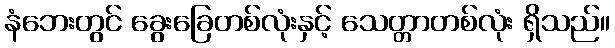
နံဘေးတွင် ခွေးခြေတစ်လုံးနှင့် သေတ္တာတစ်လုံး ရှိသည်။